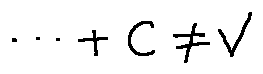
\cdots + C \neq V